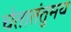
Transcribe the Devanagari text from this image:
चेतातंतुमय